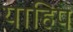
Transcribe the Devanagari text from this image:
याहिप